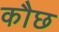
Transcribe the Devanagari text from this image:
कौछ